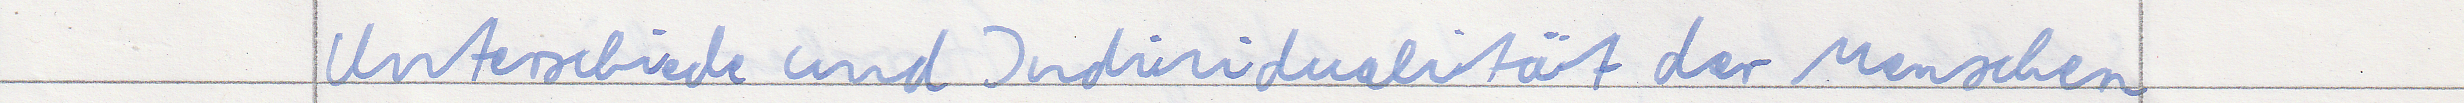
Unterschiede und Individualität der Menschen